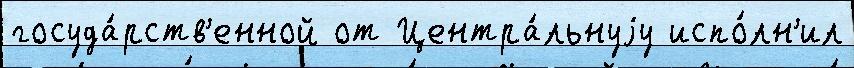
госуда́рств'енной от Центра́льнуjу испо́лн'ил